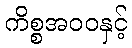
ကိစ္စအဝဝနှင့်